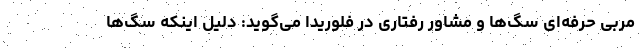
مربی حرفه‌ای سگ‌ها و مشاور رفتاری در فلوریدا می‌گوید: دلیل اینکه سگ‌ها